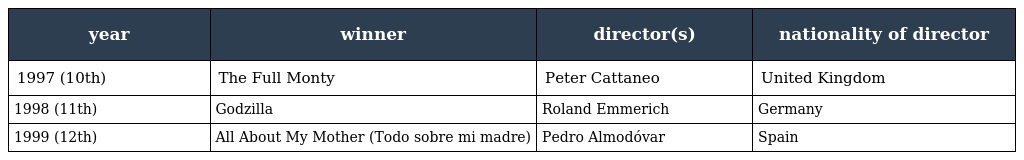
| year | winner | director(s) | nationality of director |
 | --- | --- | --- | --- |
 | 1997 (10th) | The Full Monty | Peter Cattaneo | United Kingdom |
 | 1998 (11th) | Godzilla | Roland Emmerich | Germany |
 | 1999 (12th) | All About My Mother (Todo sobre mi madre) | Pedro Almodóvar | Spain |